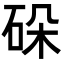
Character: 𬒋